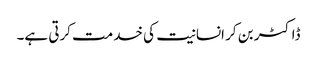
ڈاکٹر بن کر انسانیت کی خدمت کرتی ہے۔